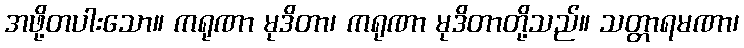
အဖို့တပါးသော။ ကရုဏာ မုဒိတာ၊ ကရုဏာ မုဒိတာတို့သည်။ သတ္တာရမဏာ၊